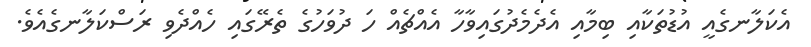
އެކަލާނގެއީ އުޑުތަކާއި ބިމާއި އެދެމެދުގައިވާހާ އެއްޗެއް ހަ ދުވަހުގެ ތެރޭގައި ހެއްދެވި ރަސްކަލާނގެއެވެ.